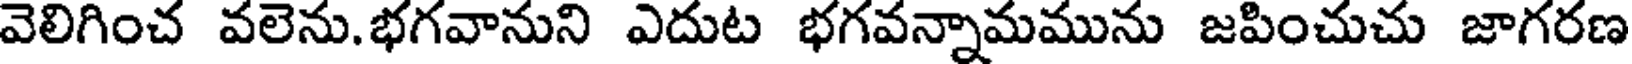
వెలిగించ వలెను.భగవానుని ఎదుట భగవన్నామమును జపించుచు జాగరణ